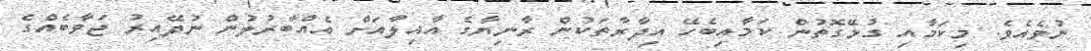
ނުވެއެވެ. މިކަމާއި ގުޅޭގޮތުން ކަމާއިބެހޭ އިދާރާތަކުން ރާނިޔާގެ އާއިލާއަށް އެއްބާރުލުން ނުދޭއިރު ޖަވާބެއްގެ